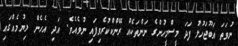
ނުވަތަ އަބޫޖަހުލު ފަދަ މީސްމީހުންގެ ނަންތަކެއް ރޭންކްކުރެވިފައި ނުވެއެވެ. އަދި އެހެން ލިޔުމެއްގައި